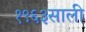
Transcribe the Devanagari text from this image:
१९६३साली